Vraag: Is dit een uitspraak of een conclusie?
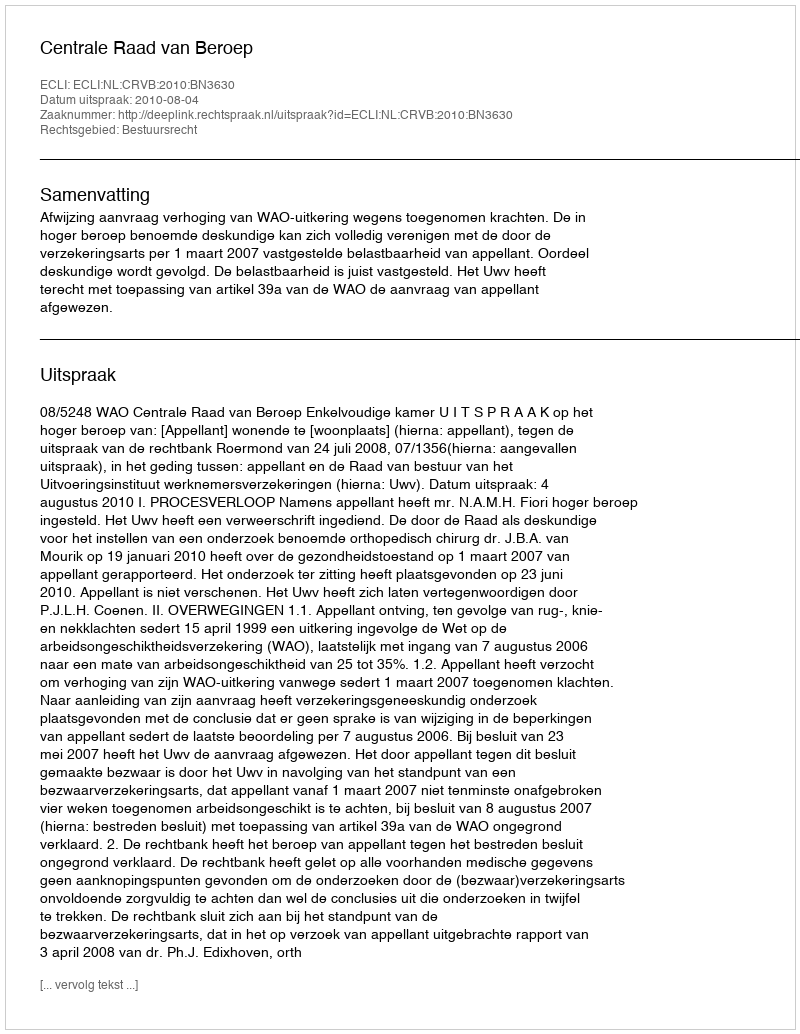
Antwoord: Uitspraak